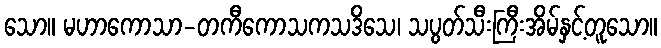
သော။ မဟာကောသာ-တကီကောသကသဒိသေ၊ သပွတ်သီးကြီးအိမ်နှင့်တူသော။